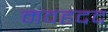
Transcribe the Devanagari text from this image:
मवहदद